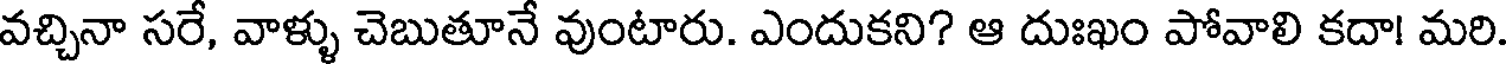
వచ్చినా సరే, వాళ్ళు చెబుతూనే వుంటారు. ఎందుకని? ఆ దుఃఖం పోవాలి కదా! మరి